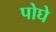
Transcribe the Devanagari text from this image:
पोघे